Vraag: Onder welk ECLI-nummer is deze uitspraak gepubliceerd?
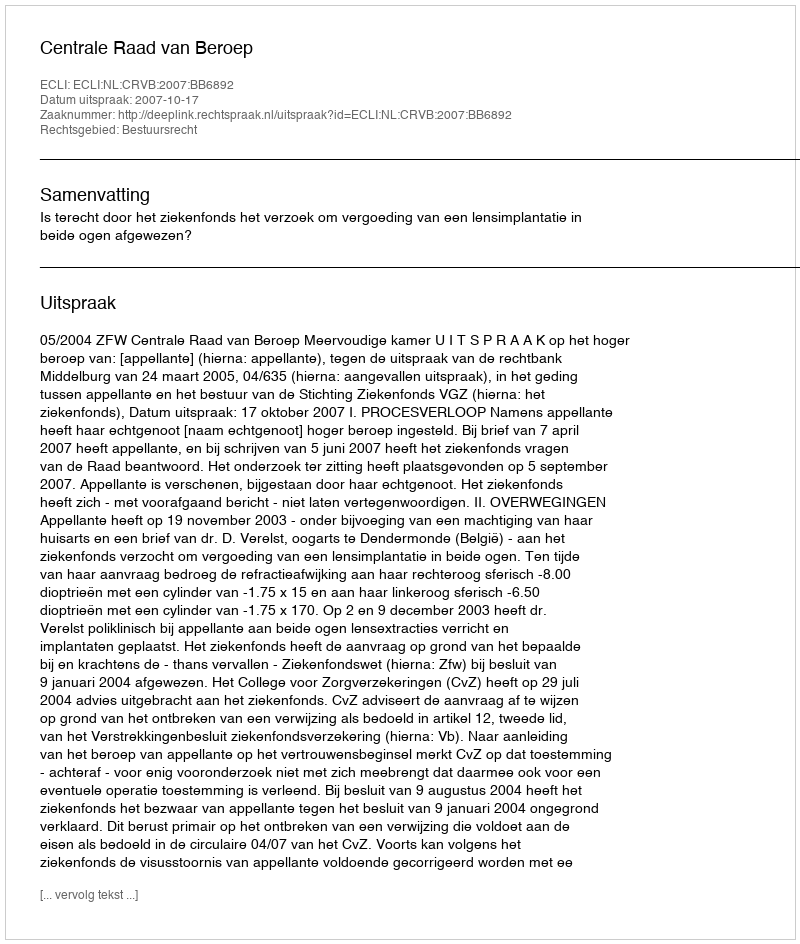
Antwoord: ECLI:NL:CRVB:2007:BB6892